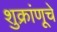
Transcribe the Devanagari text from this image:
शुक्रांणूचे